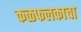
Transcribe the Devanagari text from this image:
कळफलकाचा